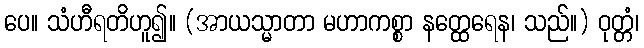
ပေ။ သံဟီရတိဟူ၍။ (အာယသ္မာတာ မဟာကစ္စာ နတ္ထေရေန၊ သည်။) ဝုတ္တံ၊